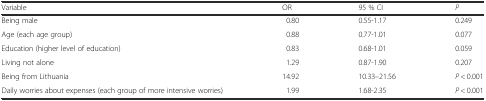
<table><thead><tr><td><b>Variable</b></td><td><b>OR</b></td><td><b>95 % CI</b></td><td><b><i>P</i></b></td></tr></thead><tbody><tr><td>Being male</td><td>0.80</td><td>0.55-1.17</td><td>0.249</td></tr><tr><td>Age (each age group)</td><td>0.88</td><td>0.77-1.01</td><td>0.077</td></tr><tr><td>Education (higher level of education)</td><td>0.83</td><td>0.68-1.01</td><td>0.059</td></tr><tr><td>Living not alone</td><td>1.29</td><td>0.87-1.90</td><td>0.207</td></tr><tr><td>Being from Lithuania</td><td>14.92</td><td>10.33–21.56</td><td><i>P</i> &lt; 0.001</td></tr><tr><td>Daily worries about expenses (each group of more intensive worries)</td><td>1.99</td><td>1.68-2.35</td><td><i>P</i> &lt; 0.001</td></tr></tbody></table>